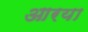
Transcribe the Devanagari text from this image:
आरया